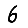
Digit: 6